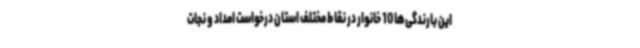
این بارندگی‌ها 10 خانوار در نقاط مختلف استان درخواست امداد و نجات